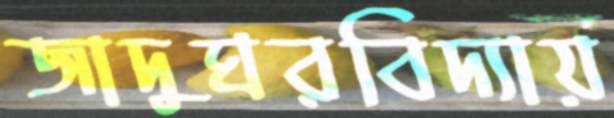
জাদুঘরবিদ্যায়